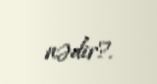
nədir?.